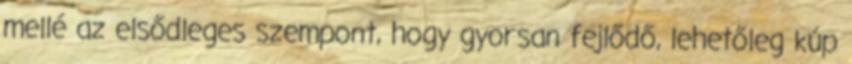
mellé az elsődleges szempont, hogy gyorsan fejlődő, lehetőleg kúp